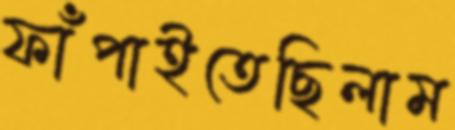
ফাঁপাইতেছিলাম